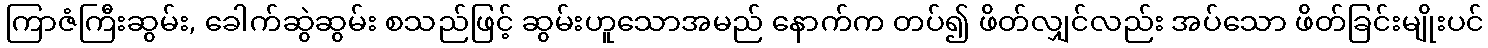
ကြာဇံကြီးဆွမ်း, ခေါက်ဆွဲဆွမ်း စသည်ဖြင့် ဆွမ်းဟူသောအမည် နောက်က တပ်၍ ဖိတ်လျှင်လည်း အပ်သော ဖိတ်ခြင်းမျိုးပင်